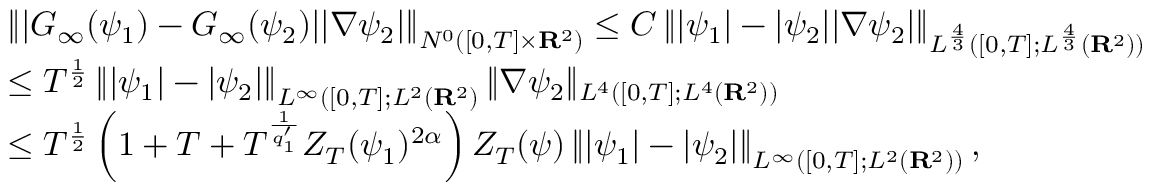
\begin{array} { r l } & { \left\| | G _ { \infty } ( \psi _ { 1 } ) - G _ { \infty } ( \psi _ { 2 } ) | | \nabla \psi _ { 2 } | \right\| _ { N ^ { 0 } ( [ 0 , T ] \times { \mathbf R } ^ { 2 } ) } \leq C \left\| | \psi _ { 1 } | - | \psi _ { 2 } | | \nabla \psi _ { 2 } | \right\| _ { L ^ { \frac { 4 } { 3 } } ( [ 0 , T ] ; L ^ { \frac { 4 } { 3 } } ( { \mathbf R } ^ { 2 } ) ) } } \\ & { \leq T ^ { \frac 1 2 } \left\| | \psi _ { 1 } | - | \psi _ { 2 } | \right\| _ { L ^ { \infty } ( [ 0 , T ] ; L ^ { 2 } ( { \mathbf R } ^ { 2 } ) } \| \nabla \psi _ { 2 } \| _ { L ^ { 4 } ( [ 0 , T ] ; L ^ { 4 } ( { \mathbf R } ^ { 2 } ) ) } } \\ & { \leq T ^ { \frac { 1 } { 2 } } \left( 1 + T + T ^ { \frac { 1 } { q _ { 1 } ^ { \prime } } } Z _ { T } ( \psi _ { 1 } ) ^ { 2 \alpha } \right) Z _ { T } ( \psi ) \left\| | \psi _ { 1 } | - | \psi _ { 2 } | \right\| _ { L ^ { \infty } ( [ 0 , T ] ; L ^ { 2 } ( { \mathbf R } ^ { 2 } ) ) } , } \end{array}